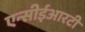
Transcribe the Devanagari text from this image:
एन्सीईआरटी